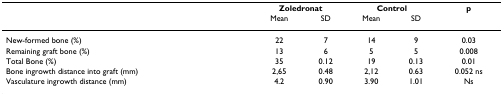
|  | <COLSPAN=2> Zoledronat | <COLSPAN=2> Control | p |
 |  | Mean | SD | Mean | SD |  |
 | --- | --- | --- | --- | --- | --- |
 | New-formed bone (%) | 22 | 7 | 14 | 9 | 0.03 |
 | Remaining graft bone (%) | 13 | 6 | 5 | 5 | 0.008 |
 | Total Bone (%) | 35 | 0.12 | 19 | 0.13 | 0.01 |
 | Bone ingrowth distance into graft (mm) | 2,65 | 0.48 | 2,12 | 0.63 | 0.052 ns |
 | Vasculature ingrowth distance (mm) | 4.2 | 0.90 | 3.90 | 1.01 | Ns |